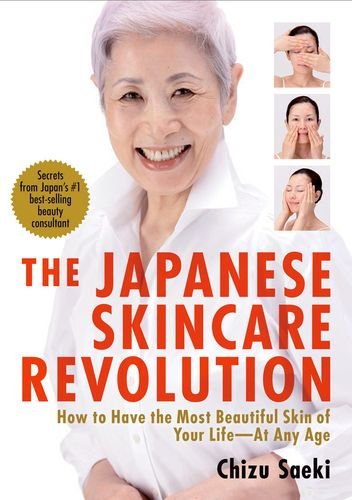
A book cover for The Japanese Skincare Revolution: How to Have the Most Beautiful Skin of Your Life--At Any Age; Chizu Saeki; Health, Fitness & Dieting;